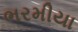
ભરમીયા